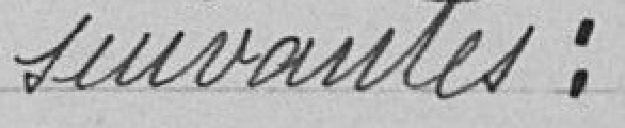
suivantes :